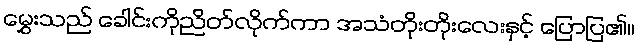
မွှေးသည် ခေါင်းကိုညိတ်လိုက်ကာ အသံတိုးတိုးလေးနှင့် ပြောပြ၏။